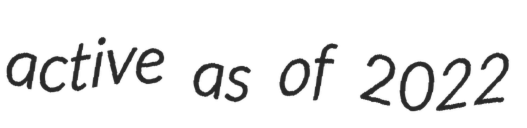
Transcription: active as of 2022